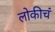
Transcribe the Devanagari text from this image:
लोकीचं